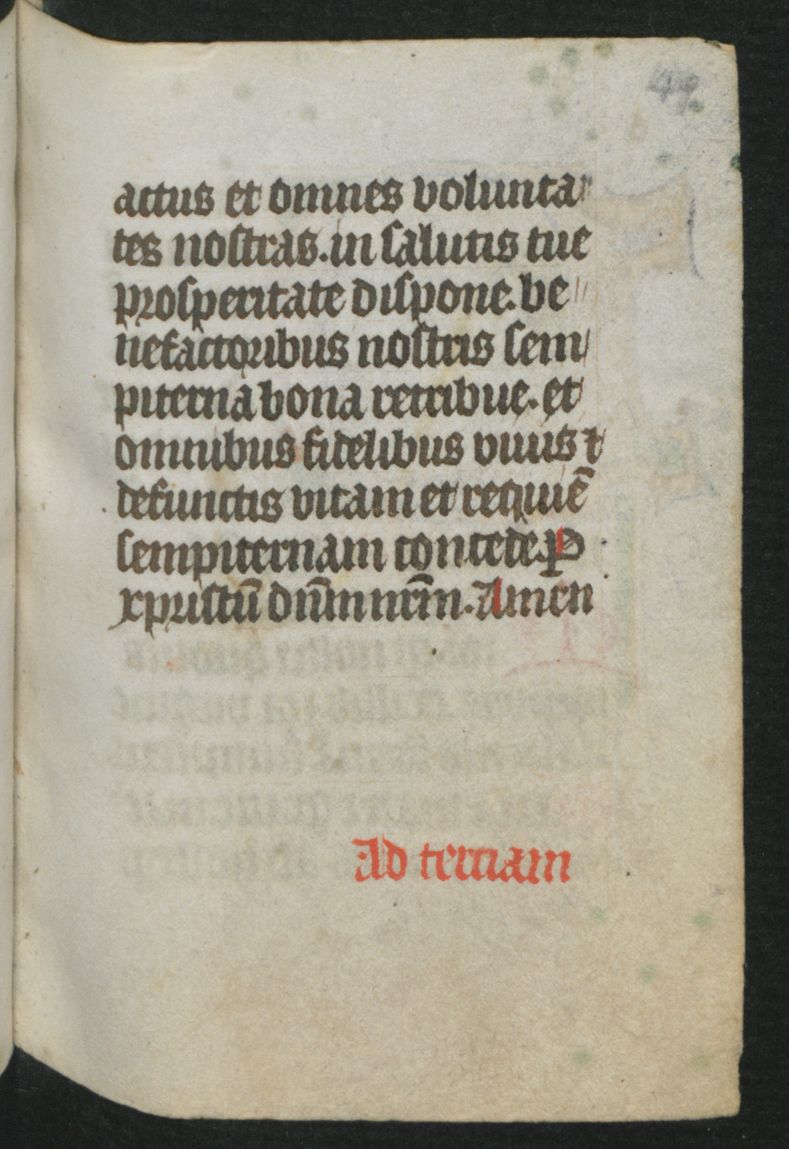
Shelfmark: Berlin, Staatsbibliothek, Hdschr. 25
Century: 15